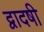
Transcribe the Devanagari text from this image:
द्वादषी